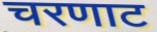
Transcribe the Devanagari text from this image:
चरणाट